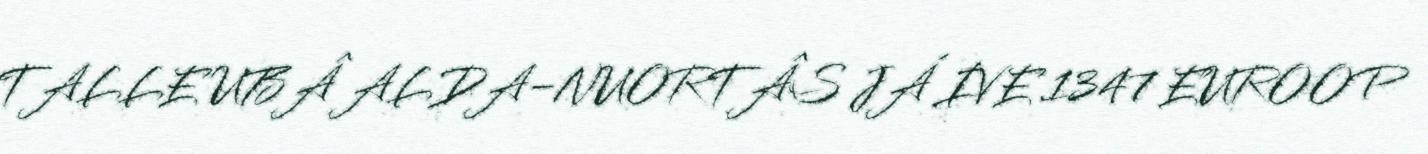
TALLE UBÂ ALDA-NUORTÂS JÁ IVE 1347 EUROOP